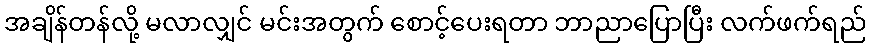
အချိန်တန်လို့ မလာလျှင် မင်းအတွက် စောင့်ပေးရတာ ဘာညာပြောပြီး လက်ဖက်ရည်